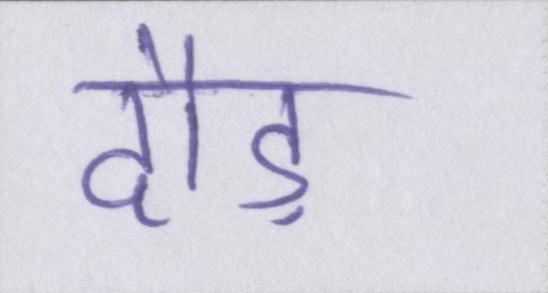
दौड़